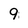
Character: 9